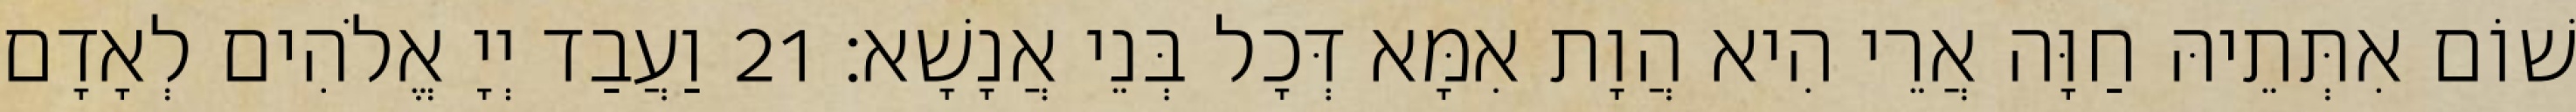
שׁוֹם אִתְּתֵיהּ חַוָּה אֲרֵי הִיא הֲוָת אִמָּא דְּכָל בְּנֵי אֲנָשָׁא׃ 21 וַעֲבַד יְיָ אֱלֹהִים לְאָדָם